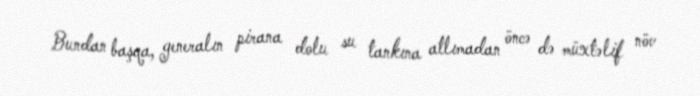
Bundan başqa, generalın pirana dolu su tankına atlımadan öncə də müxtəlif növ